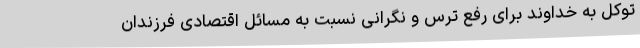
توکل به خداوند برای رفع ترس و نگرانی نسبت به مسائل اقتصادی فرزندان